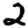
Digit: 2